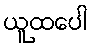
ယူထပေါ